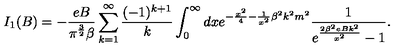
I _ { 1 } ( B ) = - \frac { e B } { { \pi } ^ { \frac { 3 } { 2 } } \beta } \sum _ { k = 1 } ^ { \infty } \frac { ( - 1 ) ^ { k + 1 } } { k } \int _ { 0 } ^ { \infty } d x e ^ { - \frac { x ^ { 2 } } { 4 } - \frac { 1 } { x ^ { 2 } } \beta ^ { 2 } k ^ { 2 } m ^ { 2 } } \frac { 1 } { e ^ { \frac { 2 \beta ^ { 2 } e B k ^ { 2 } } { x ^ { 2 } } } - 1 } .